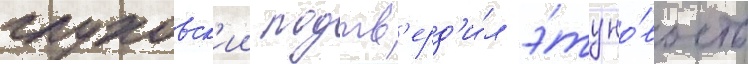
глуховск'ии подтв'ерд'и́л э́ту но́вость